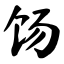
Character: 饧